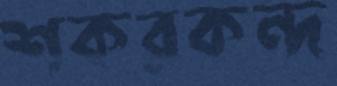
শকরকন্দ